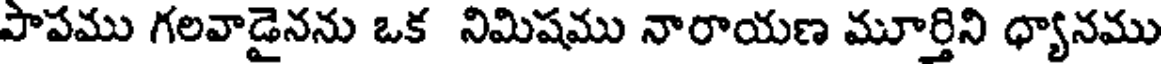
పాపము గలవాడైనను ఒక నిమిషము నారాయణ మూర్తిని ధ్యానము